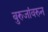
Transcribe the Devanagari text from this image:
बुरुजांवरुन